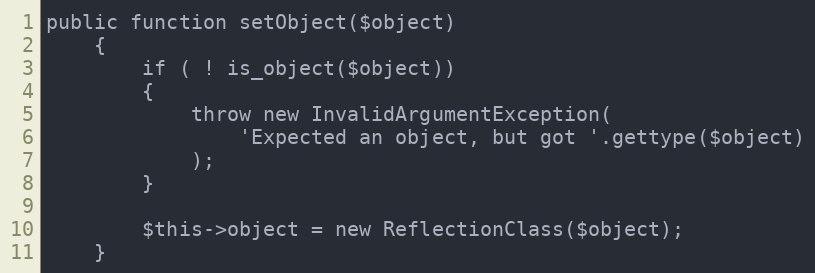
Language: PHP
public function setObject($object)
    {
        if ( ! is_object($object))
        {
            throw new InvalidArgumentException(
                'Expected an object, but got '.gettype($object)
            );
        }

        $this->object = new ReflectionClass($object);
    }